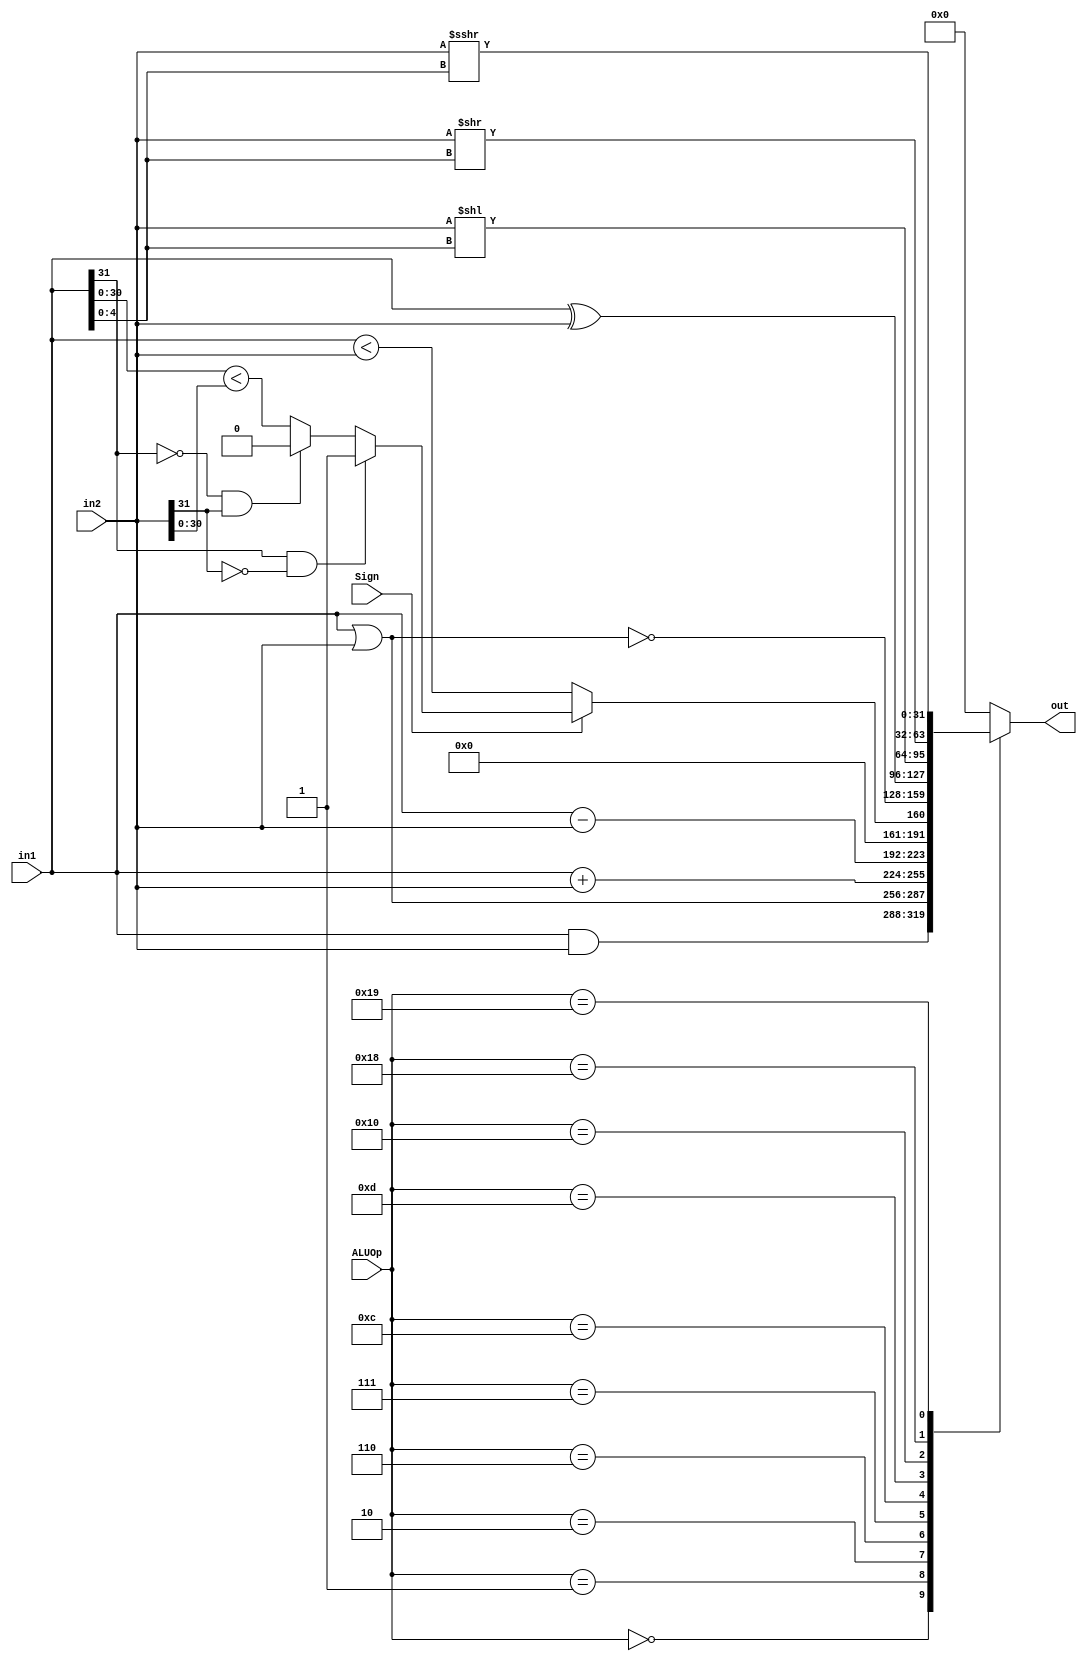
module ALU(in1,
           in2,
           ALUOp,
           Sign,
           out);
    input [31:0] in1, in2;
    input [4:0] ALUOp;
    input Sign;
    output reg [31:0] out;
    // zero is not calculated here for better overall performance.
    
    parameter andOp = 5'b00000;
    parameter orOp  = 5'b00001;
    parameter addOp = 5'b00010;
    parameter subOp = 5'b00110;
    parameter sltOp = 5'b00111;
    parameter norOp = 5'b01100;
    parameter xorOp = 5'b01101;
    parameter sllOp = 5'b10000;
    parameter srlOp = 5'b11000;
    parameter sraOp = 5'b11001;
    
    wire slt_output;
    assign slt_output = (in1[31] == 1 && in2[31] == 0) ? 1 :
    (in1[31] == 0 && in2[31] == 1) ? 0 :
    (in1[30 : 0] < in2[30 : 0]);
    
    always @(*) begin
        case (ALUOp)
            andOp : out   <= in1 & in2;
            orOp  : out   <= in1 | in2;
            addOp : out   <= in1 + in2;
            subOp : out   <= in1 - in2;
            sltOp : out   <= {31'h00000000, Sign ? slt_output : (in1 < in2)};
            norOp : out   <= ~(in1 | in2);
            xorOp : out   <= in1 ^ in2;
            sllOp : out   <= (in2 << in1[4 : 0]);
            srlOp : out   <= (in2 >> in1[4 : 0]);
            sraOp : out   <= (($signed(in2)) >>> in1[4 : 0]);
            default : out <= 32'h00000000;
        endcase
        
    end
    
endmodule